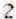
2